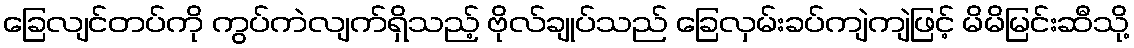
ခြေလျင်တပ်ကို ကွပ်ကဲလျက်ရှိသည့် ဗိုလ်ချုပ်သည် ခြေလှမ်းခပ်ကျဲကျဲဖြင့် မိမိမြင်းဆီသို့